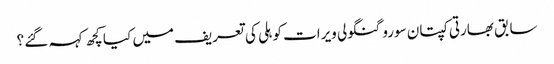
سابق بھارتی کپتان سورو گنگولی ویرات کوہلی کی تعریف میں کیا کچھ کہہ گئے ؟